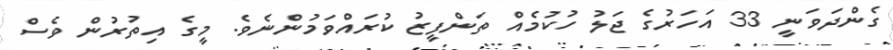
ގެންދަވަނީ 33 އަހަރުގެ ޖަލު ހުކުމެއް ތަންފީޒު ކުރައްވަމުންނެވެ. މީގެ އިތުރުން ވެސް